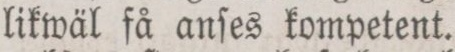
likwäl få anſes kompetent.